Tartu_pedagoogiumi_aruanded, lk 4
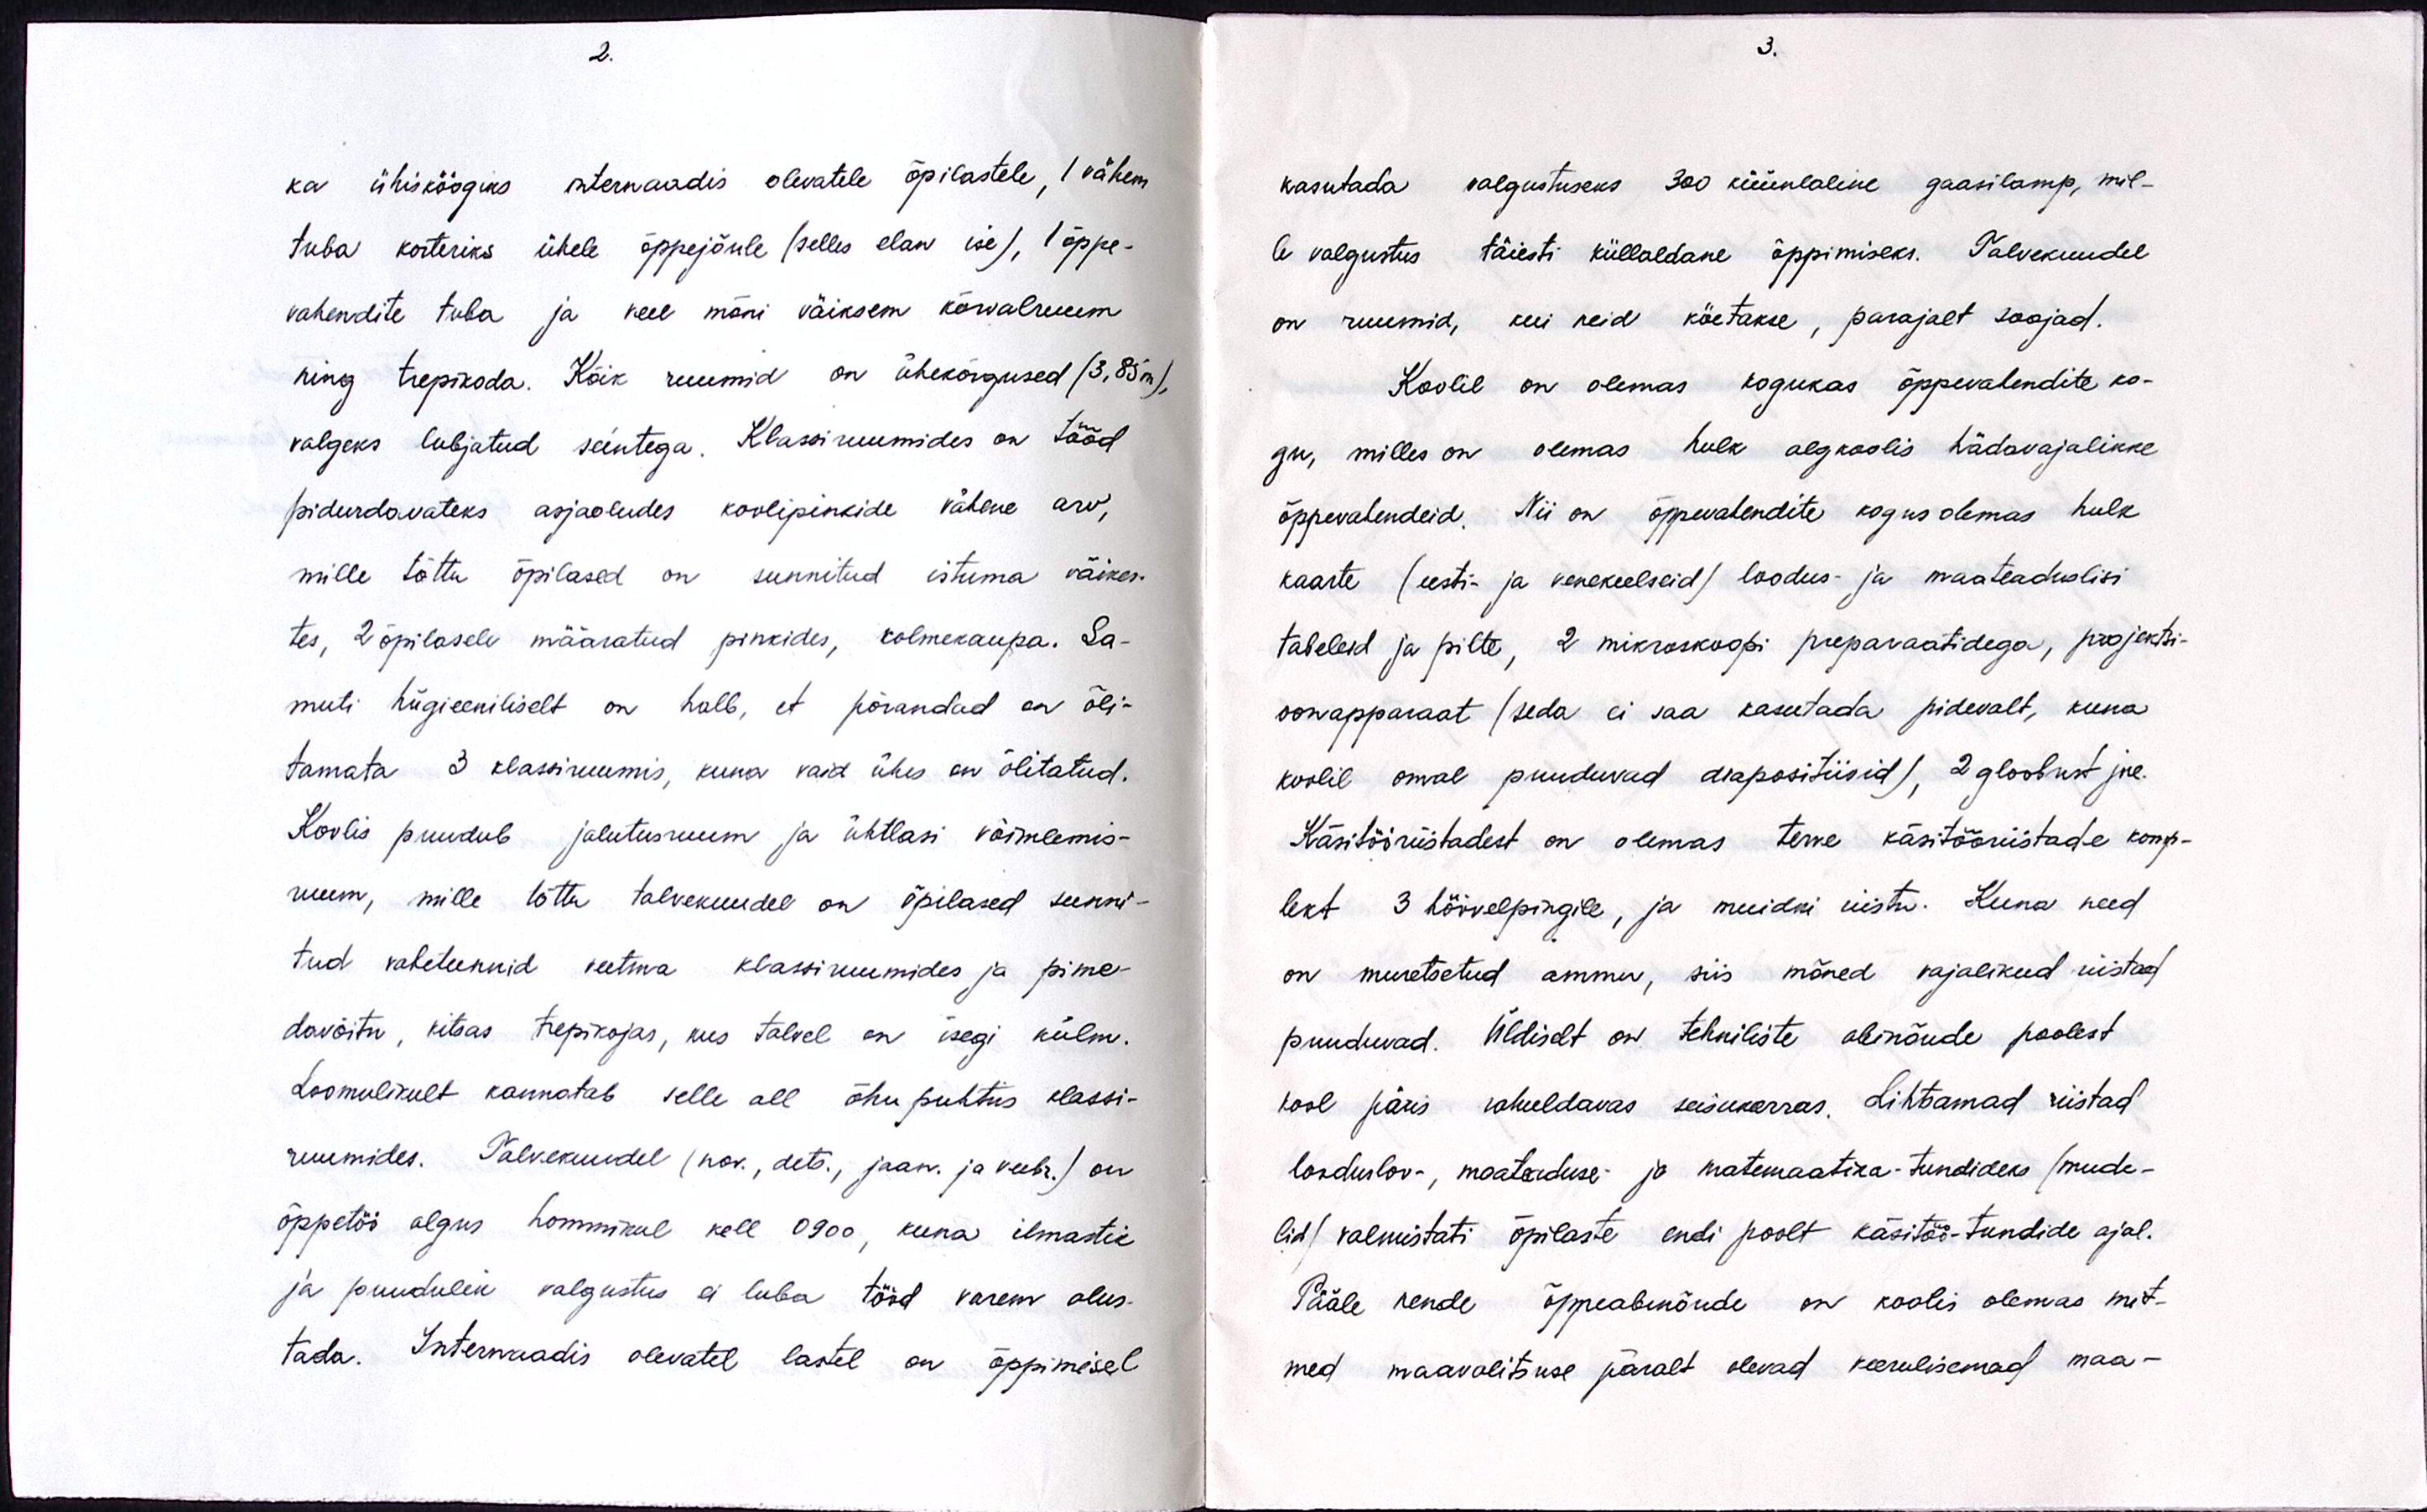
ka ühisköögiks internaadis olevatele õpilastele, 1 vähem
tuba korteriks ühele õppejõule (selles elan ise), 1 õppe-
vahendite tuba ja veel mõni väiksem kõrvalruum
ning trepikoda. Kõik ruumid on ühekõrgused (3.85m),
valgeks lubjatud seintega. Klassiruumides on tööd
pidurdavateks asjaoludes koolipinkide vähene arv,
mille tõttu õpilased on sunnitud istuma väikes-
tes, 2 õpilasele määratud pinkides, kolmekaupa. Sa-
muti hügieeniliselt on halb, et põrandad on õli-
tamata 3 klassiruumis, kuna vaid ühes on õlitatud.
Koolis puudub jalutusruum ja ühtlasi võimlemis-
ruum, mille tõttu talvekuudel on õpilased sunni-
tud vahetunnid veetma klassiruumides ja pime-
davõitu, kitsas trepikojas, kus talvel on isegi külm.
Loomulikult kannatab selle all õhupuhtus klassi-
ruumides. Talvekuudel (nov., dets., jaan ja veebr.) on
õppetöö algus hommikul kell 0900, kuna ilmastik
ja puudulik valgustus ei luba tööd varem alus-
tada. Internaadis olevatel lastel on õppimisel

kasutada valgustuseks 300 küünlaline gaasilamp, mil-
le valgustus täiesti küllaldane õppimiseks. Talvekuudel
on ruumid, kui neid köetakse, parajalt soojad.
Koolil on olemas kogukas õppevahendite ko-
gu, milles on olemas hulk algkoolis hädavajalikke
õppevahendeid. Nii on õppevahendite kogus olemas hulk
kaarte (eesti- ja venekeelseid) loodus ja maateaduslisi
tabeleid ja pilte, 2 mikroskoopi preparaatidega, projektsi-
oonapparaat (seda ei saa kasutada pidevalt, kuna
koolil omal puuduvad diapositiivid), 2 gloobust jne.
Käsitööriistadest on olemas terve käsitööriistade komp-
lekt 3 hõõvelpingile, ja muidki riistu. Kuna need
on muretsetud ammu, siis mõned vajalikud riistad
puuduvad. Üldiselt on tehniliste abinõude poolest
kool päris rahuldavas seisukorras. Lihtsamad riistad
loodusloo-, maateaduse- ja matemaatika-tundideks (mude-
lid) valmistati õpilaste endi poolt käsitöö-tundide ajal.
Pääle nende õppeabinõude on koolis olemas mit-
med maavalitsuse päralt olevad keerulisemad maa-